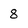
Character: 8